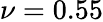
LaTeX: \nu=0.55